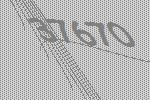
37670